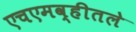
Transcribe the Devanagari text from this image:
एचएमव्हीतले